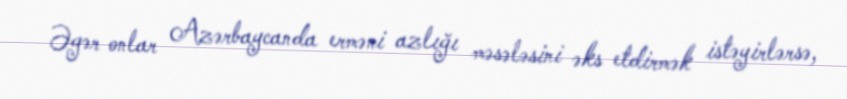
Əgər onlar Azərbaycanda erməni azlığı məsələsini əks etdirmək istəyirlərsə,